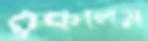
ঠুকলেম